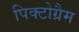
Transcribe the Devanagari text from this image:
पिक्टोग्रैम